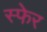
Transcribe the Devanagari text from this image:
स्फेर